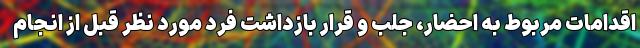
اقدامات مربوط به احضار، جلب و قرار بازداشت فرد مورد نظر قبل از انجام